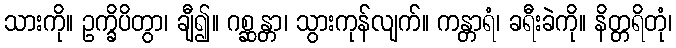
သားကို။ ဥက္ခိပိတွာ၊ ချီ၍။ ဂစ္ဆန္တာ၊ သွားကုန်လျက်။ ကန္တာရံ၊ ခရီးခဲကို။ နိတ္တရိတုံ၊